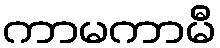
ကာမကာမီ